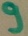
Text: 9